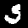
Label: 5